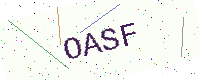
Text: OASF